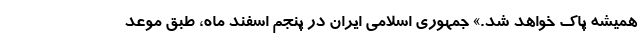
همیشه پاک خواهد شد.» جمهوری اسلامی ایران در پنجم اسفند ماه، طبق موعد